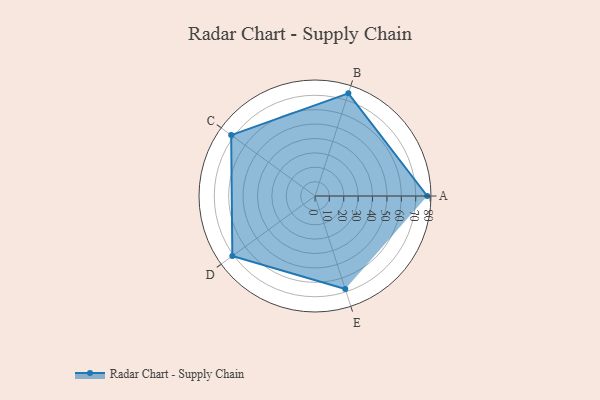
{"axis": {"x": "Skill", "y": "Score"}, "legend": ["Profile"], "data": [{"x": "A", "y": 78.0, "type": "Profile"}, {"x": "B", "y": 75.0, "type": "Profile"}, {"x": "C", "y": 72.0, "type": "Profile"}, {"x": "D", "y": 71.0, "type": "Profile"}, {"x": "E", "y": 68.0, "type": "Profile"}]}